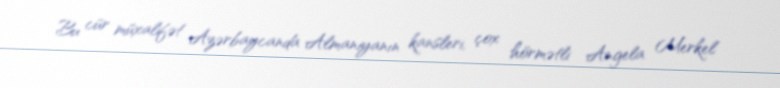
Bu cür müxalifət Azərbaycanda Almaniyanın kansleri, çox hörmətli Angela Merkel